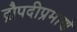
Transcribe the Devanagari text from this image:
द्रौपदीप्रमाणे